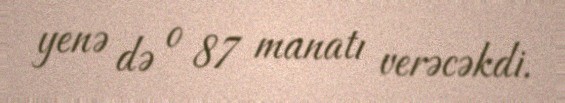
yenə də o 87 manatı verəcəkdi.